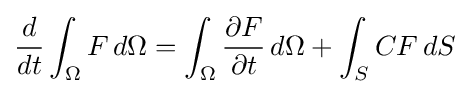
{\frac {d}{dt}}\int _{\Omega }F\,d\Omega =\int _{\Omega }{\frac {\partial F}{\partial t}}\,d\Omega +\int _{S}CF\,dS